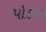
પોકળ